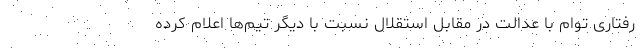
رفتاری توام با عدالت در مقابل استقلال نسبت با دیگر تیم‌ها اعلام کرده